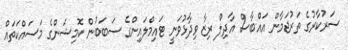
ސަރުކާރުގެ ތަރުޖަމާން އައްބާސް އާދިލް ރިޒާ ވިދާޅުވަނީ ޓައިމްލައިންގެ ސަބަބުން ކޮމިޝަންގެ މަސައްކަތައް